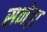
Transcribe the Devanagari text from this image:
सनेड़ा